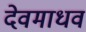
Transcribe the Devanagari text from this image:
देवमाधव